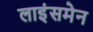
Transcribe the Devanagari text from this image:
लाइंसमेन